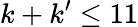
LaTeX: k+k^{\prime}\leq 11